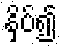
နှိပ်၍